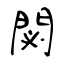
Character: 閟